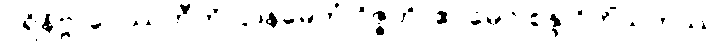
ပရိနိဗ္ဗာပေဿတီတိ ဌာနမေတံ ဝိဇ္ဇတိ၊ ဧဝမေဝ စုန္ဒ ဝိဟိံသကဿ